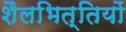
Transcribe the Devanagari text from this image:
शैलभित्तियों